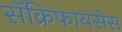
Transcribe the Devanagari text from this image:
सॅक्रिफायसेस